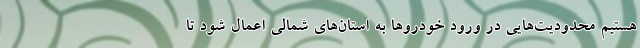
هستیم محدودیت‌هایی در ورود خودروها به استان‌های شمالی اعمال شود تا